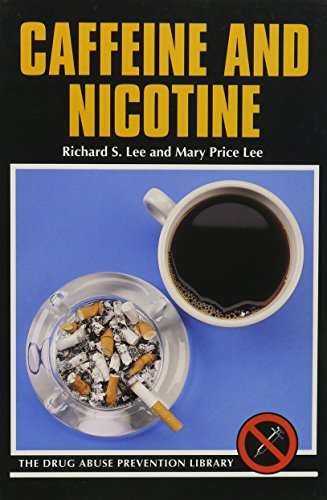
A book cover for Caffeine and Nicotine (Drug Abuse Prevention Library); Richard S. Lee; Health, Fitness & Dieting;